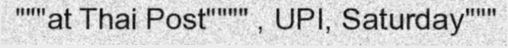
"""at Thai Post"""" , UPI, Saturday"""